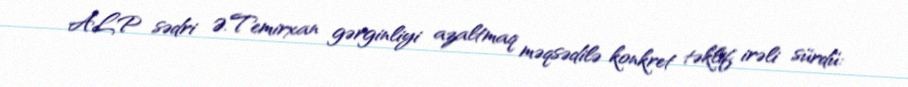
ALP sədri Ə.Temirxan gərginliyi azaltmaq məqsədilə konkret təklif irəli sürdü: